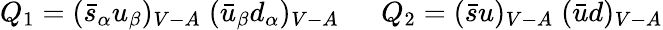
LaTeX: Q_{1}=(\bar{s}_{\alpha}u_{\beta})_{V-A}\; (\bar{u}_{\beta}d_{\alpha})_{V-A}~~~~~~Q_{2}=(\bar{s}u)_{V-A}\; (\bar{u}d)_{V-A}